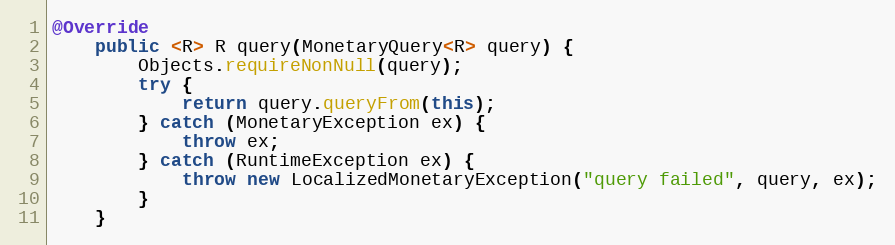
Language: Java
@Override
    public <R> R query(MonetaryQuery<R> query) {
        Objects.requireNonNull(query);
        try {
            return query.queryFrom(this);
        } catch (MonetaryException ex) {
            throw ex;
        } catch (RuntimeException ex) {
            throw new LocalizedMonetaryException("query failed", query, ex);
        }
    }